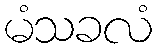
မံသခလံ